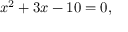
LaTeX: x ^ { 2 } + 3 x - 1 0 = 0 ,